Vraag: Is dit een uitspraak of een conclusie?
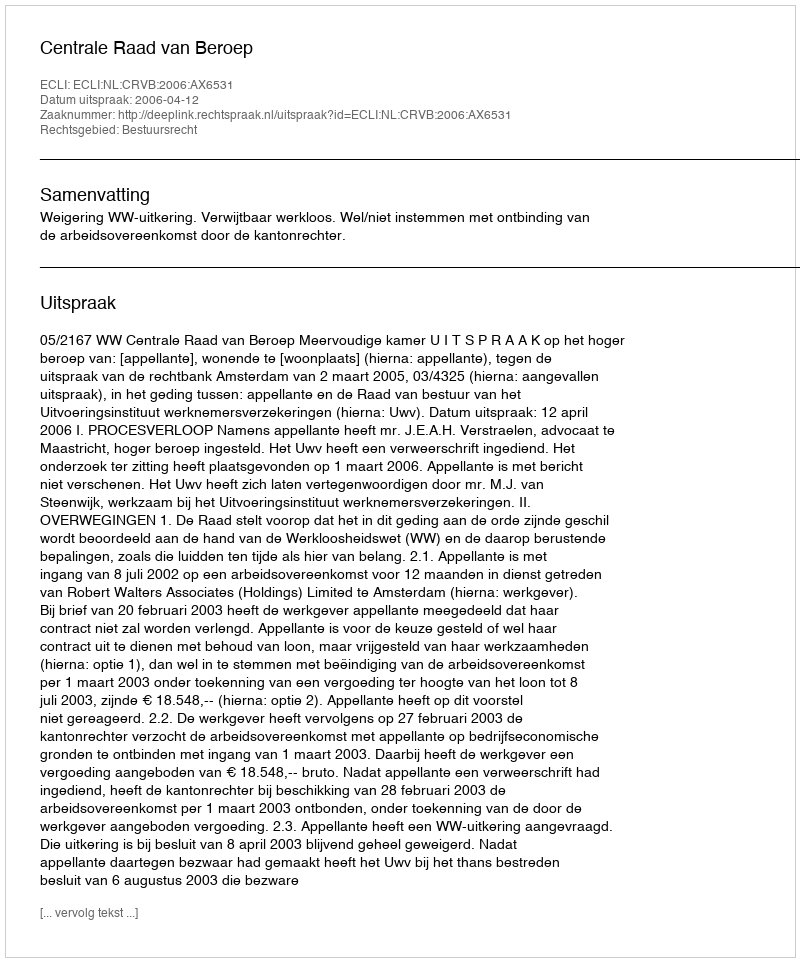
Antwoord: Uitspraak